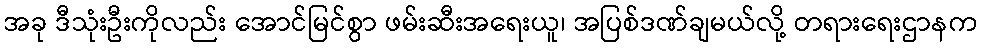
အခု ဒီသုံးဦးကိုလည်း အောင်မြင်စွာ ဖမ်းဆီးအရေးယူ၊ အပြစ်ဒဏ်ချမယ်လို့ တရားရေးဌာနက